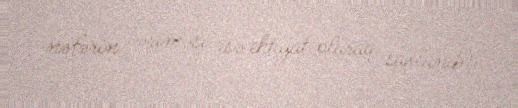
nəfərin cəriməsi isə ehtiyat olaraq saxlanıb).